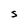
Character: S